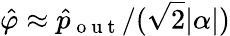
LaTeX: \hat{\varphi}\approx\hat{p}_{\mathrm{~o~u~t~}}/(\sqrt{2}|\alpha|)